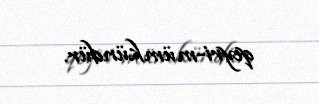
qeyri-mümkündür.